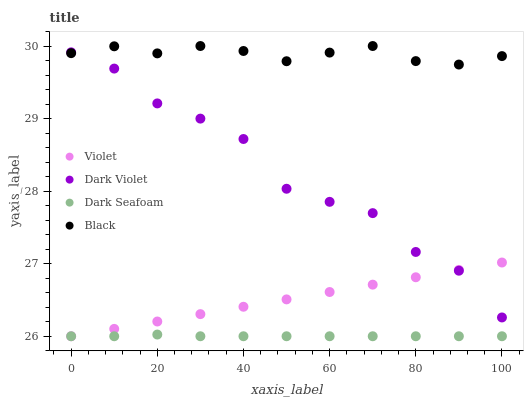
| xaxis_label | Violet | Dark Violet | Dark Seafoam | Black |
 | --- | --- | --- | --- | --- |
 | 0 | 26 | 29.9 | 26 | 29.9 |
 | 10 | 26.1 | 29.7 | 26 | 30 |
 | 20 | 26.2 | 29.2 | 26 | 29.9 |
 | 30 | 26.3 | 29 | 26 | 30 |
 | 40 | 26.4 | 28.7 | 26 | 29.9 |
 | 50 | 26.5 | 28 | 26 | 29.8 |
 | 60 | 26.6 | 27.9 | 26 | 29.9 |
 | 70 | 26.7 | 27.7 | 26 | 30 |
 | 80 | 26.8 | 27.2 | 26 | 29.8 |
 | 90 | 26.9 | 26.9 | 26 | 29.7 |
 | 100 | 27 | 26.3 | 26 | 29.9 |